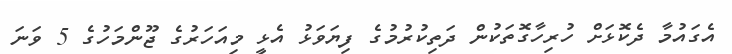
އެގައުމާ ދެކޮޅަށް ހުރިހާގޮތަކުން ދަތިކުރުމުގެ ފިޔަވަޅު އެޅީ މިއަހަރުގެ ޖޫންމަހުގެ 5 ވަނަ